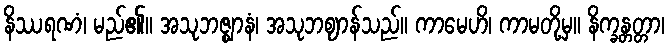
နိဿရဏံ၊ မည်၏။ အသုဘဇ္ဈာနံ၊ အသုဘဈာန်သည်။ ကာမေဟိ၊ ကာမတို့မှ။ နိက္ခန္တတ္တာ၊